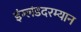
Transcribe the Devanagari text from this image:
इंग्लंडदरम्यान